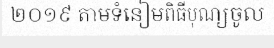
២០១៩ តាមទំនៀមពិធីបុណ្យចូល